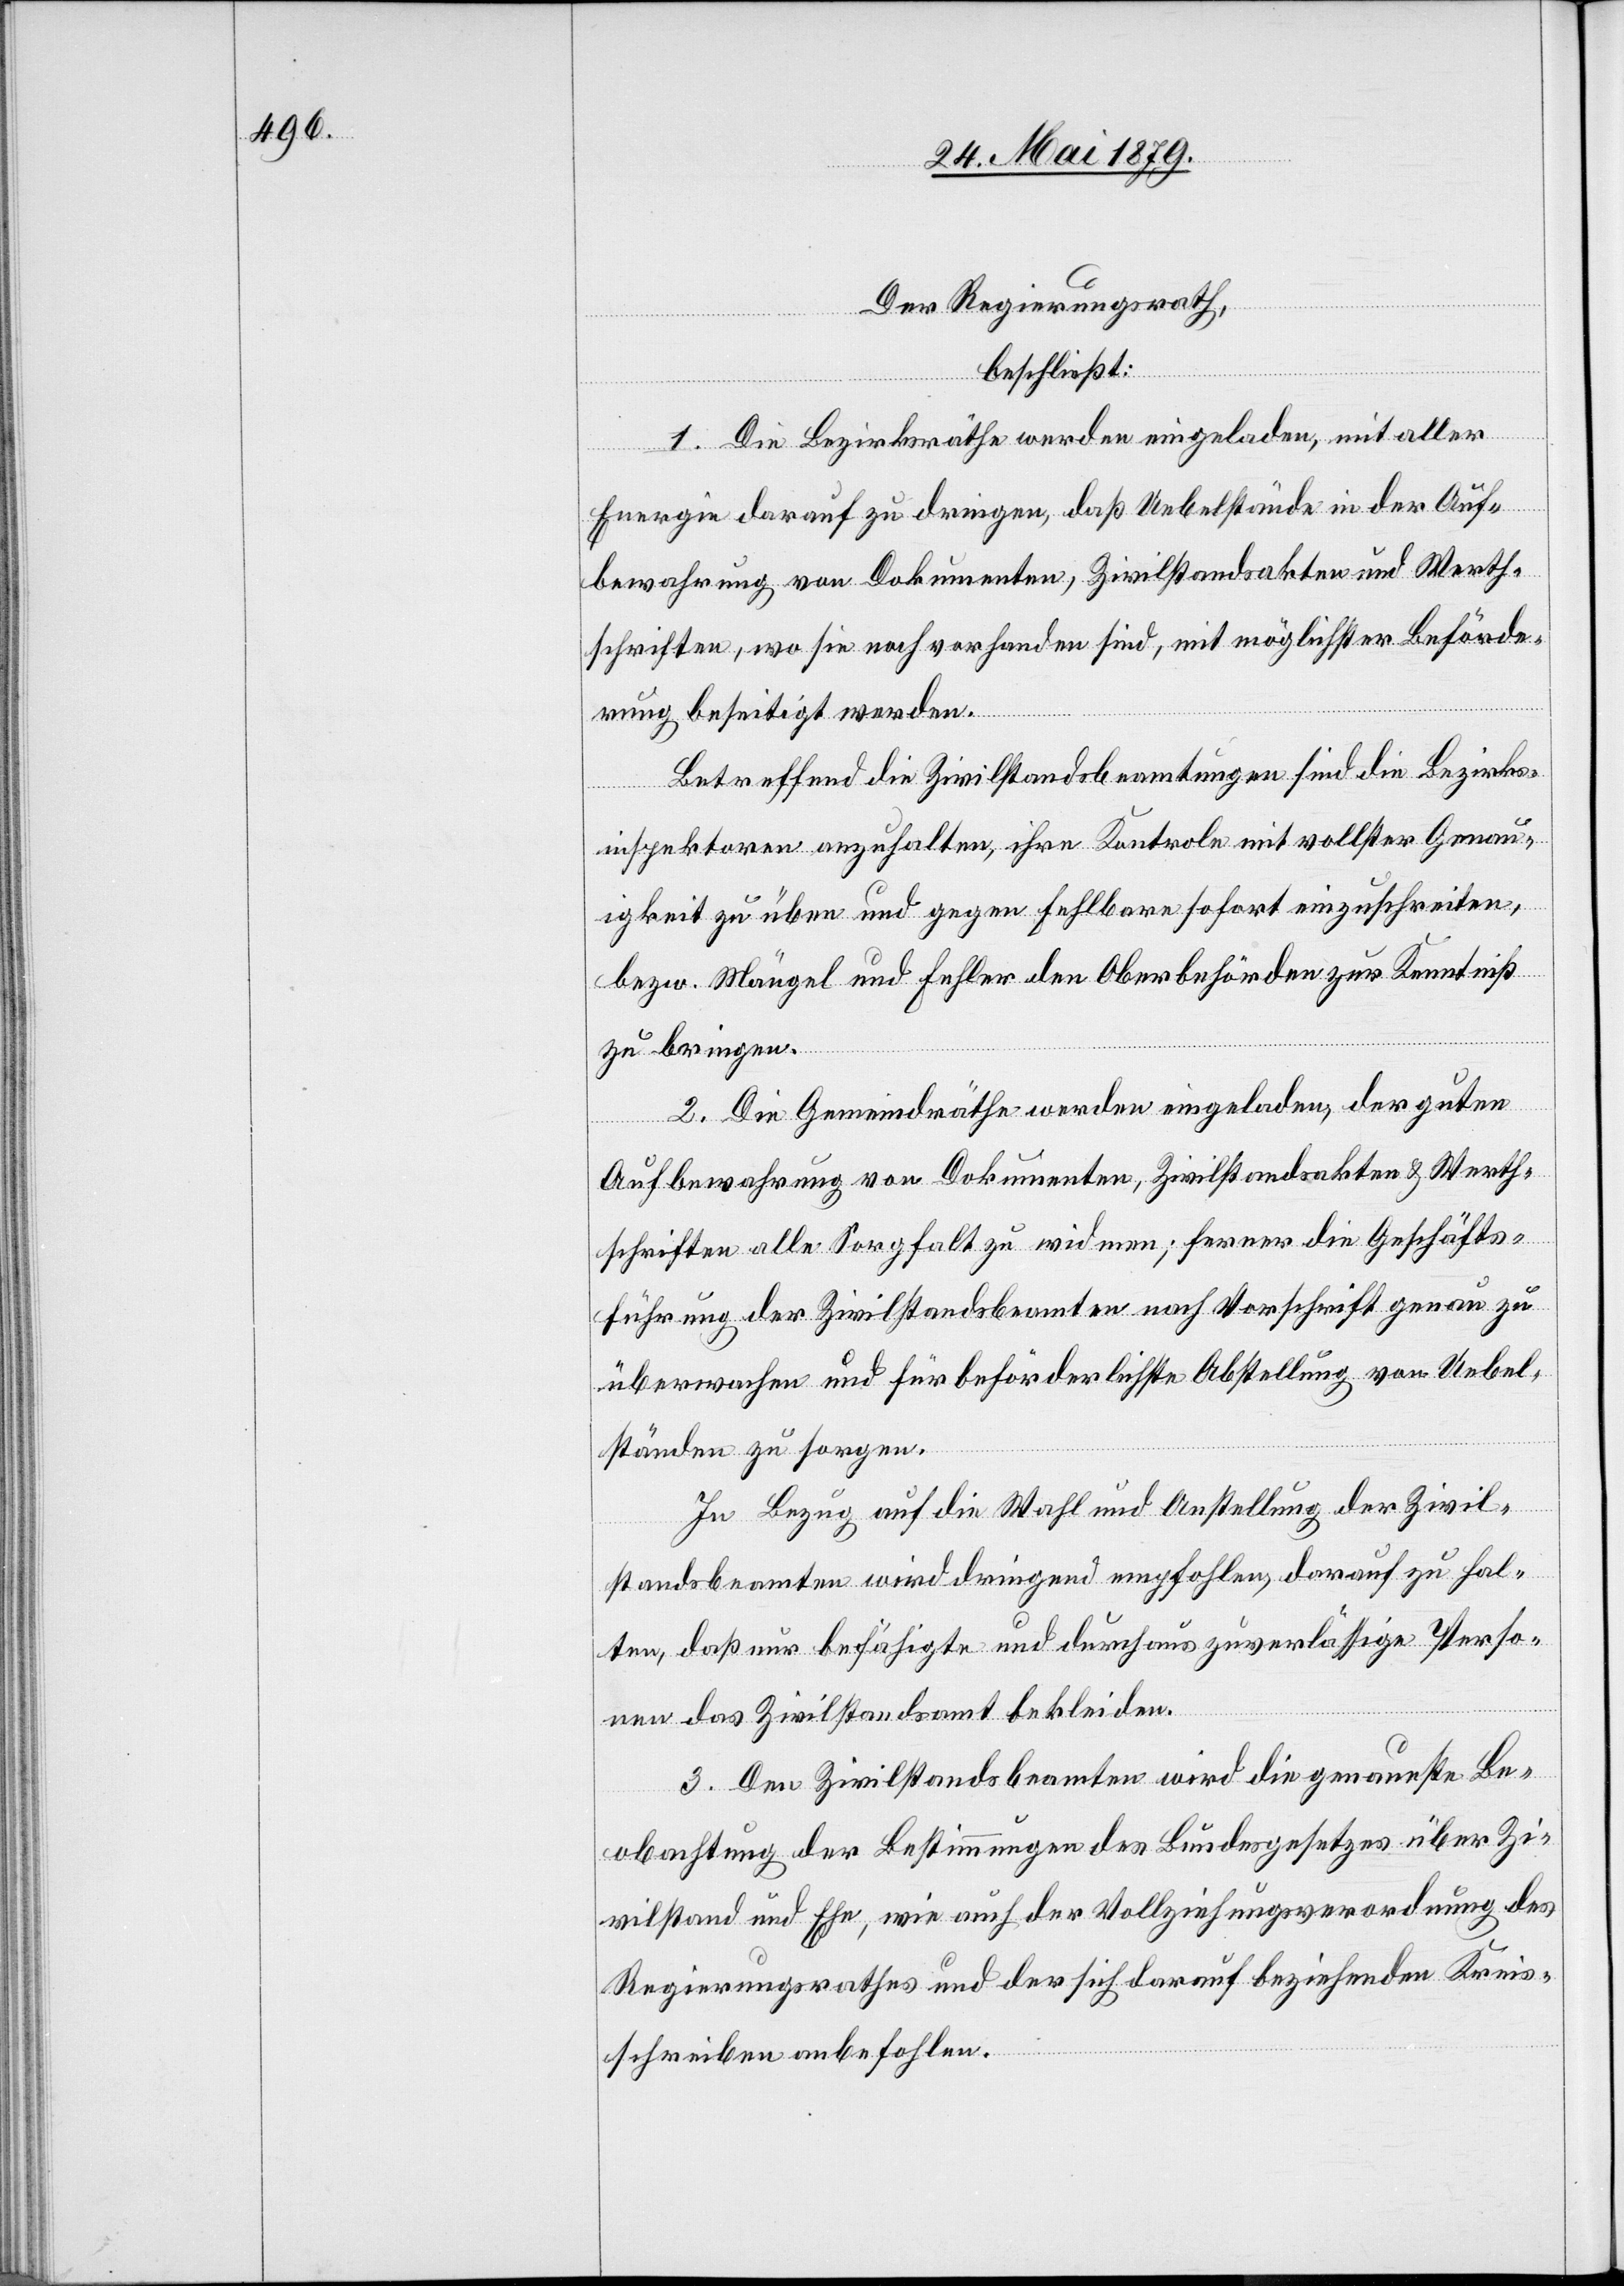
Der Regierungsrath,
beschließt:
1. Die Bezirksräthe werden eingeladen, mit aller
Energie darauf zu dringen, daß Uebelstände in der Auf¬
bewahrung von Dokumenten, Zivilstandsakten und Werth¬
schriften, wo sie noch vorhanden sind, mit möglichster Beförde¬
rung beseitigt werden.
Betreffend die Zivilstandsbeamtungen sind die Bezirks¬
inspektoren anzuhalten, ihre Kontrole mit vollster Genau¬
igkeit zu üben und gegen Fehlbare sofort einzuschreiten,
bezw. Mängel und Fehler den Oberbehörden zur Kenntniß
zu bringen.
2. Die Gemeindräthe werden eingeladen, der guten
Aufbewahrung von Dokumenten, Zivilstandsakten & Werth¬
schriften alle Sorgfalt zu widmen; ferner die Geschäfts¬
führung der Zivilstandsbeamten nach Vorschrift genau zu
überwachen und für beförderlichste Abstellung von Uebel¬
ständen zu sorgen.
In Bezug auf die Wahl und Anstellung der Zivil¬
standsbeamten wird dringend empfohlen, darauf zu hal¬
ten, daß nur befähigte und durchaus zuverlässige Perso¬
nen das Zivilstandsamt bekleiden.
3. Den Zivilstandsbeamten wird die genaueste Be¬
obachtung der Bestimmungen des Bundesgesetzes über Zi¬
vilstand und Ehe, wie auch der Vollziehungsverordnung des
Regierungsrathes und der sich darauf beziehenden Kreis¬
schreiben anbefohlen.